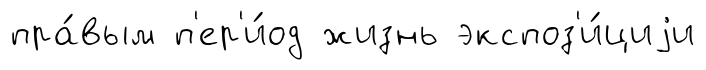
пра́вым п'ер'и́од жизнь экспоз'и́циjи